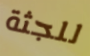
للجثة